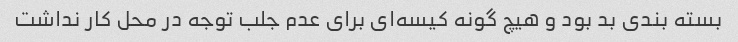
بسته بندی بد بود و هیچ گونه کیسه‌ای برای عدم جلب توجه در محل کار نداشت